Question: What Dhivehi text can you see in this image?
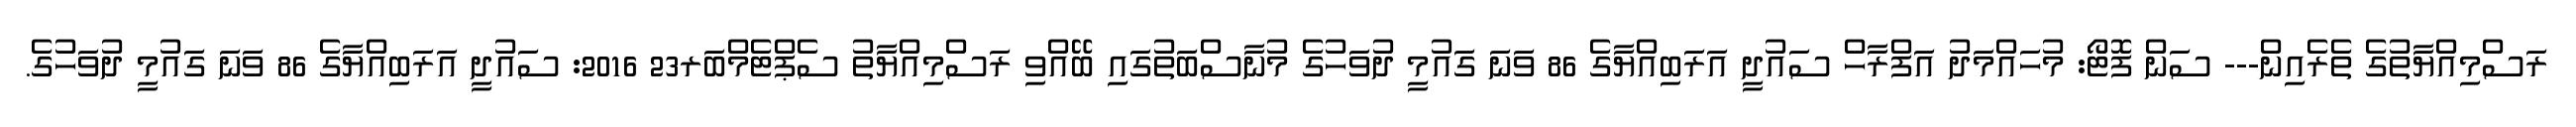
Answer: ރަސްމިއްޔާތުގެ ތެރެއިން--- ސަން ފޮޓޯ: މުހައްމަދު އަފްރާހް ސައުދީ އަރަބިއްޔާގެ 86 ވަނަ ގައުމީ ދުވަހުގެ މުނާސްބަތުގައި ބޭއްވި ރަސްމިއްޔާތު ސެޕްޓެމްބަރ23 2016: ސައުދީ އަރަބިއްޔާގެ 86 ވަނަ ގައުމީ ދުވަހުގެ.